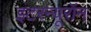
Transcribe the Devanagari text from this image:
इंटरन्यूरॉन